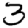
Digit: 3